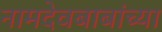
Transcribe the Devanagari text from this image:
नामदेवबाबांच्या